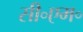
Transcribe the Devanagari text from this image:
सी॰एम॰